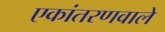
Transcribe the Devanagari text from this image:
एकांतरणवाले